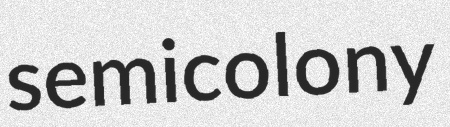
semicolony